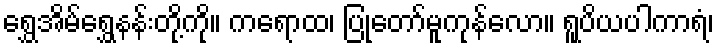
ရွှေအိမ်ရွှေနန်းတို့ကို။ ကရောထ၊ ပြုတော်မူကုန်လော။ ရူပိယပါကာရံ၊